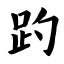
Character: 趵